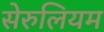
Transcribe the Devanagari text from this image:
सेरुलियम